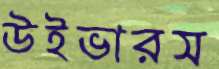
উইভারস